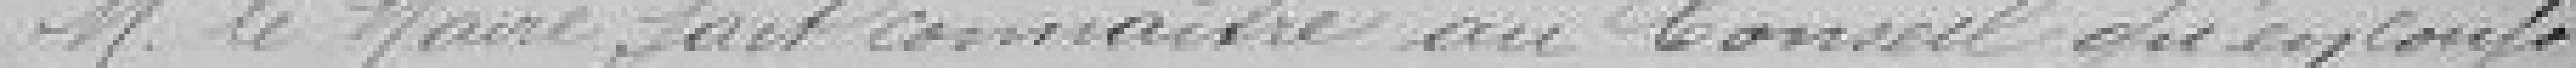
M. le Maire fait connaitre au Conseil qu'en confor